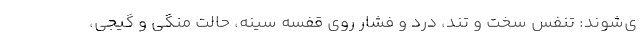
ی‌شوند: تنفس سخت و تند، درد و فشار روی قفسه سینه، حالت منگی و گیجی،